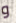
و